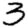
Digit: 3